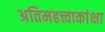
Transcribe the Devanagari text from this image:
अतिमहत्त्वाकांक्षा